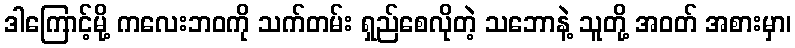
ဒါကြောင့်မို့ ကလေးဘဝကို သက်တမ်း ရှည်စေလိုတဲ့ သဘောနဲ့ သူတို့ အဝတ် အစားမှာ၊